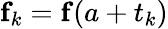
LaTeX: {\mathbf f}_{k}={\mathbf f}(a+t_{k})